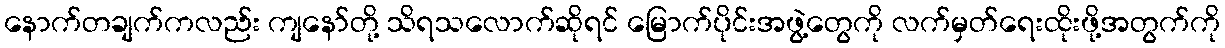
နောက်တချက်ကလည်း ကျနော်တို့ သိရသလောက်ဆိုရင် မြောက်ပိုင်းအဖွဲ့တွေကို လက်မှတ်ရေးထိုးဖို့အတွက်ကို